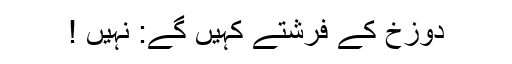
دوزخ کے فرشتے کہیں گے: نہیں !